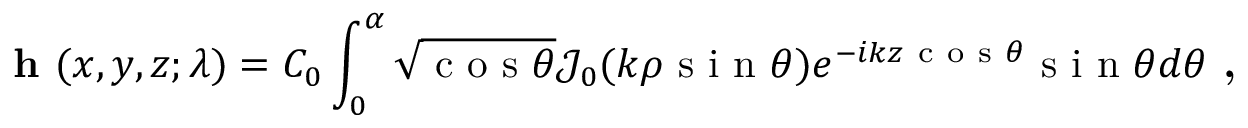
\textbf { h } ( x , y , z ; \lambda ) = C _ { 0 } \int _ { 0 } ^ { \alpha } \sqrt { \mathrm { ~ c ~ o ~ s ~ } \theta } \mathcal { J } _ { 0 } ( k \rho \mathrm { ~ s ~ i ~ n ~ } \theta ) e ^ { - i k z \mathrm { ~ c ~ o ~ s ~ } \theta } \mathrm { ~ s ~ i ~ n ~ } \theta d \theta \textbf { , }